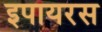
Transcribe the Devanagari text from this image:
इपायरस